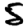
Digit: 5